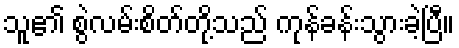
သူ၏ စွဲလမ်းစိတ်တို့သည် ကုန်ခန်းသွားခဲ့ပြီ။